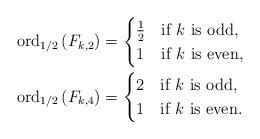
LaTeX: \begin{align*}{\rm ord}_{1/2}\left(F_{k,2}\right)&=\begin{cases}\frac{1}{2}&\mbox{if $k$ is odd,}\\1&\mbox{if $k$ is even,}\end{cases}\\{\rm ord}_{1/2}\left(F_{k,4}\right)&=\begin{cases}2&\mbox{if $k$ is odd,}\\1&\mbox{if $k$ is even.}\end{cases}\end{align*}